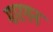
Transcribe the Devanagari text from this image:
मारगन